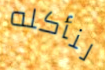
لنأكله